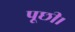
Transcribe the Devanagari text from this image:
पूछी।